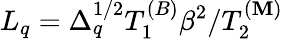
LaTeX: L_{q}=\Delta_{q}^{1/2}T_{1}^{(B)}\beta^{2}/T_{2}^{(\mathbf{M})}